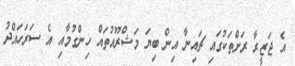
އެ ޖަޒީރާ ރަށްތަކުގައި ޗައިނާ އިން ބިޔަ މަޝްރޫއުތައް ހިންގުމާއި އެ ސަރަހައްދު